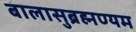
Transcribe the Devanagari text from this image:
बालासुब्रह्मण्यम